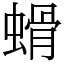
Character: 螖